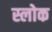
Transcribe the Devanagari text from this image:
स्लोक